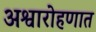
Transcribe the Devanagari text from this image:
अश्वारोहणात